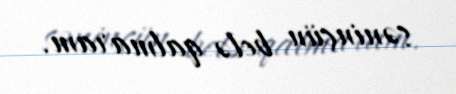
səninçün belə qalmaram.